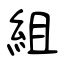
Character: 組